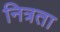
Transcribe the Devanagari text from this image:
नित्रता